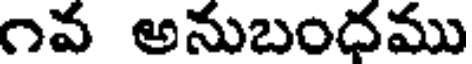
౧వ అనుబందము